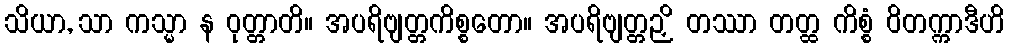
သိယာ, သာ ကသ္မာ န ဝုတ္တာတိ။ အပရိဗျတ္တကိစ္စတော။ အပရိဗျတ္တဉှိ တဿာ တတ္ထ ကိစ္စံ ဝိတက္ကာဒီဟိ